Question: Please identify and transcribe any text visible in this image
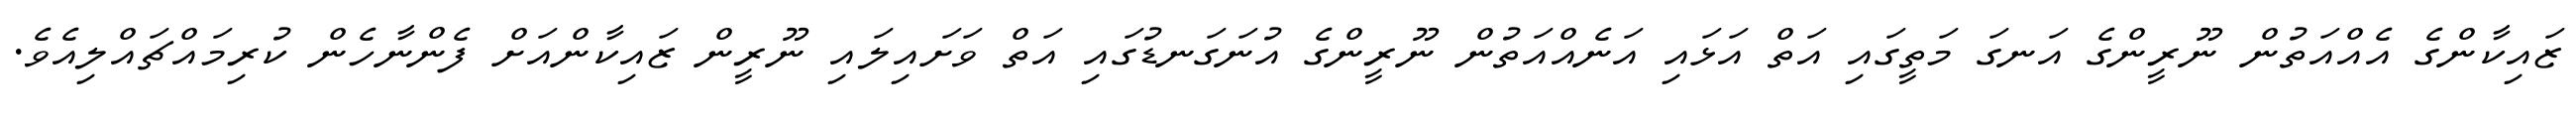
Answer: ޒައިކާންގެ އެއްއަތުން ނޫރީންގެ އަނގަ މަތީގައި އަތް އަޅައި އަނެއްއަތުން ނޫރީންގެ އުނަގަނޑުގައި އަތް ވަށައިލައި ނޫރީން ޒައިކާންއަށް ފެންނާހެން ކުރިމައްޗައްލިއެވެ.